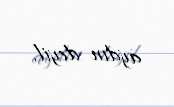
aydın deyil.